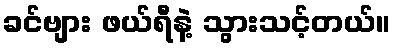
ခင်ဗျား ဖယ်ရီနဲ့ သွားသင့်တယ်။